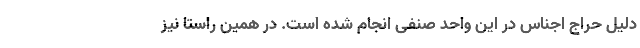
دلیل حراج اجناس در این واحد صنفی انجام شده است. در همین راستا نیز